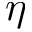
\eta